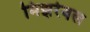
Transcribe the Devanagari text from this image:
मिझरेबल